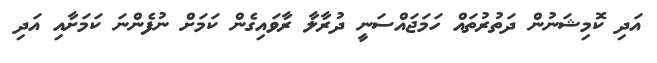
އަދި ކޮމިޝަނުން ދަތުރުތައް ހަމަޖައްސަނީ ދުރާލާ ރާވައިގެން ކަމަށް ނުފެންނަ ކަަމަށާއި އަދި